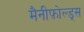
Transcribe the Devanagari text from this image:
मैनीफ़ोल्ड्स